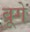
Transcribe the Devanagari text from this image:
ब्रूगे